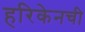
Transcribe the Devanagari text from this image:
हरिकेनची